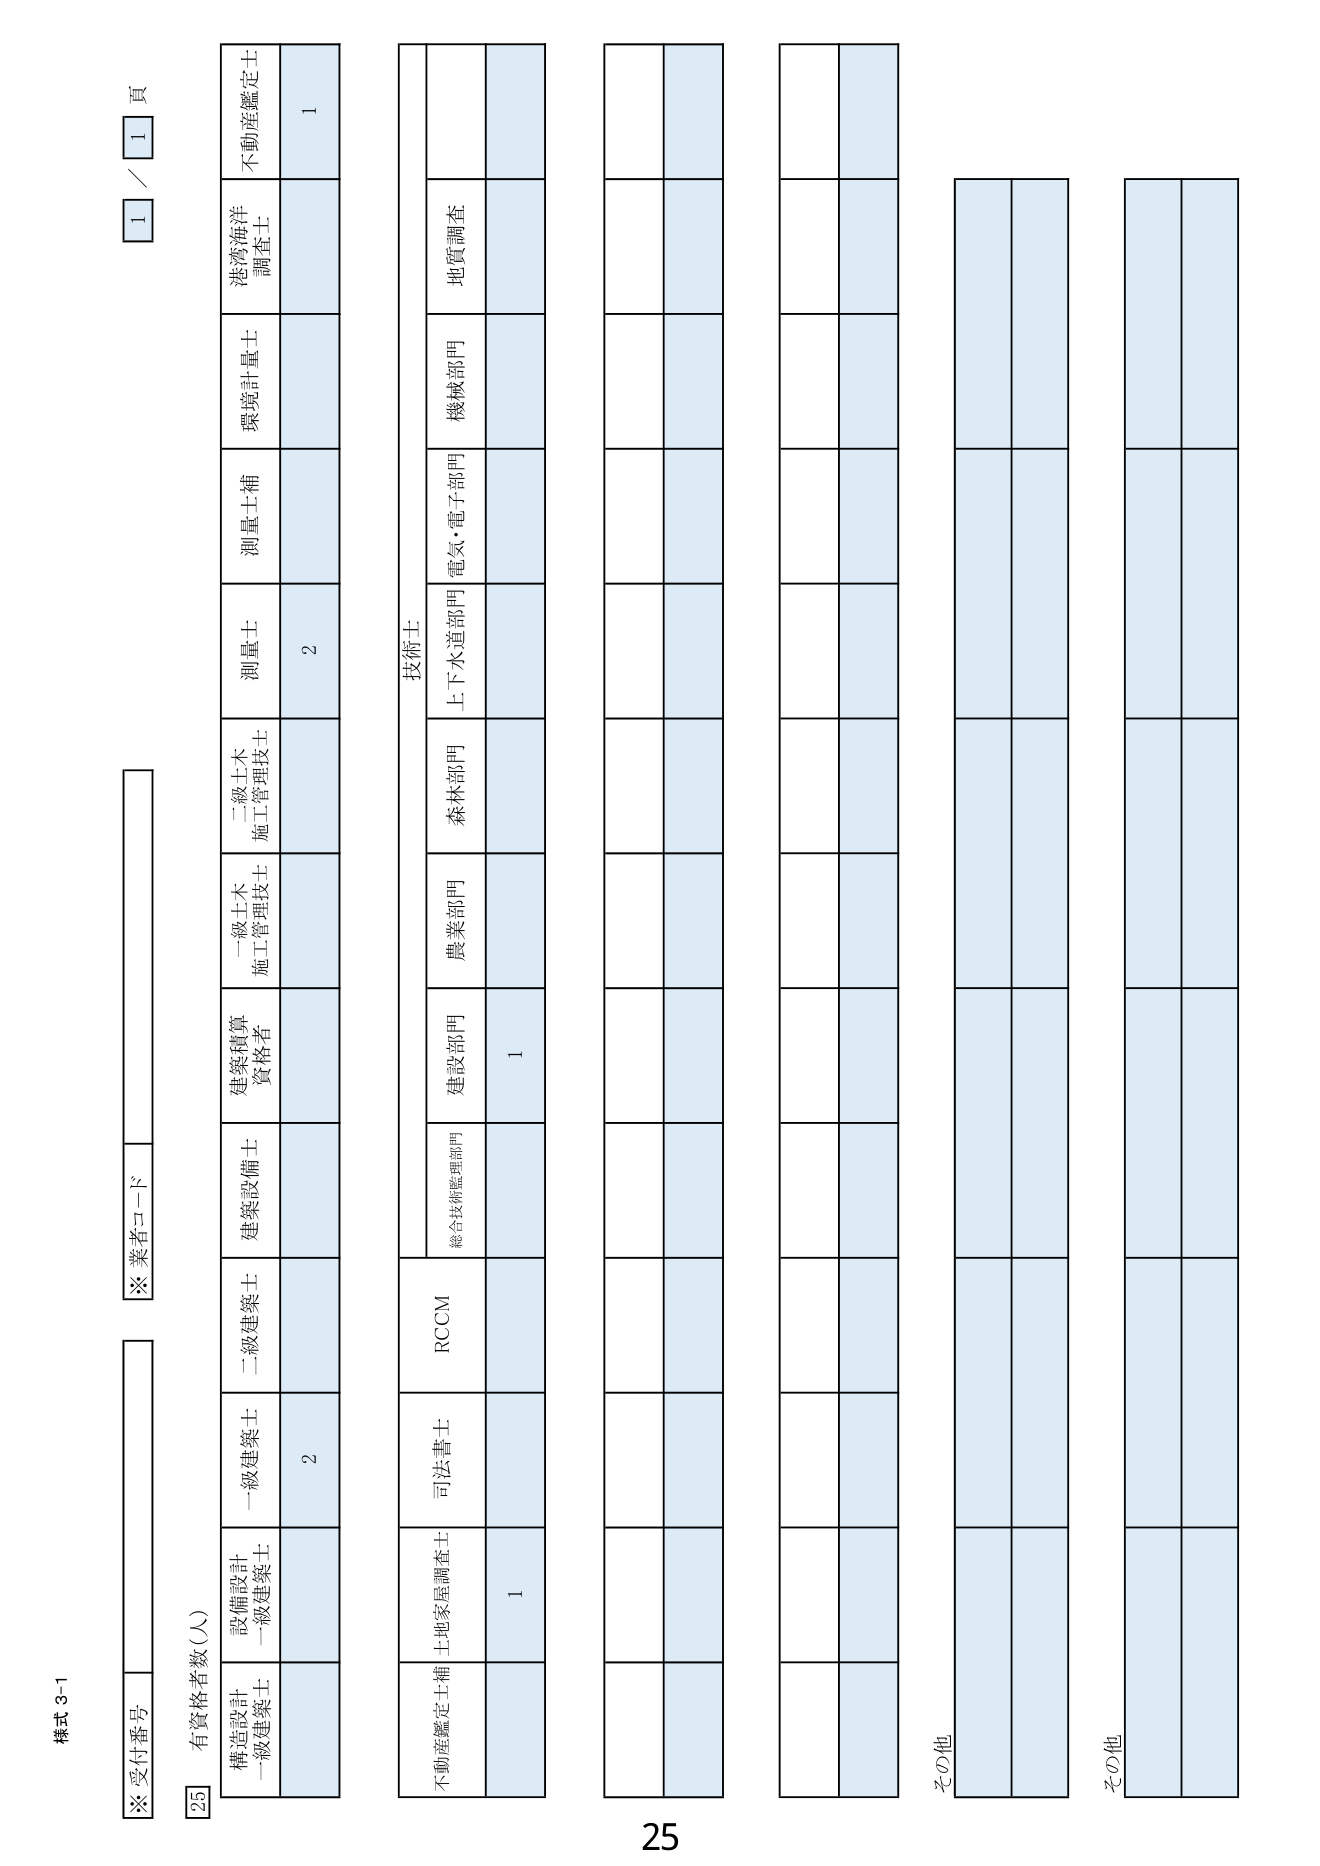
様式 3-1
※受付番号
※業者コード
25 有資格者数（人）
構造設計
一級建築士
設備設計
一級建築士
一級建築士
2
二級建築士
建築設備士
建築積算
資格者
一級土木
施工管理技士
二級土木
施工管理技士
測量士
2
測量士補
環境計量士
港湾海洋
調査士
不動産鑑定士
1
技術士
不動産鑑定士補
土地家屋調査士
司法書士
RCCM
総合技術監理部門
建設部門
1
農業部門
森林部門
上下水道部門
電気・電子部門
機械部門
地質調査
その他
その他
1
1
頁
25